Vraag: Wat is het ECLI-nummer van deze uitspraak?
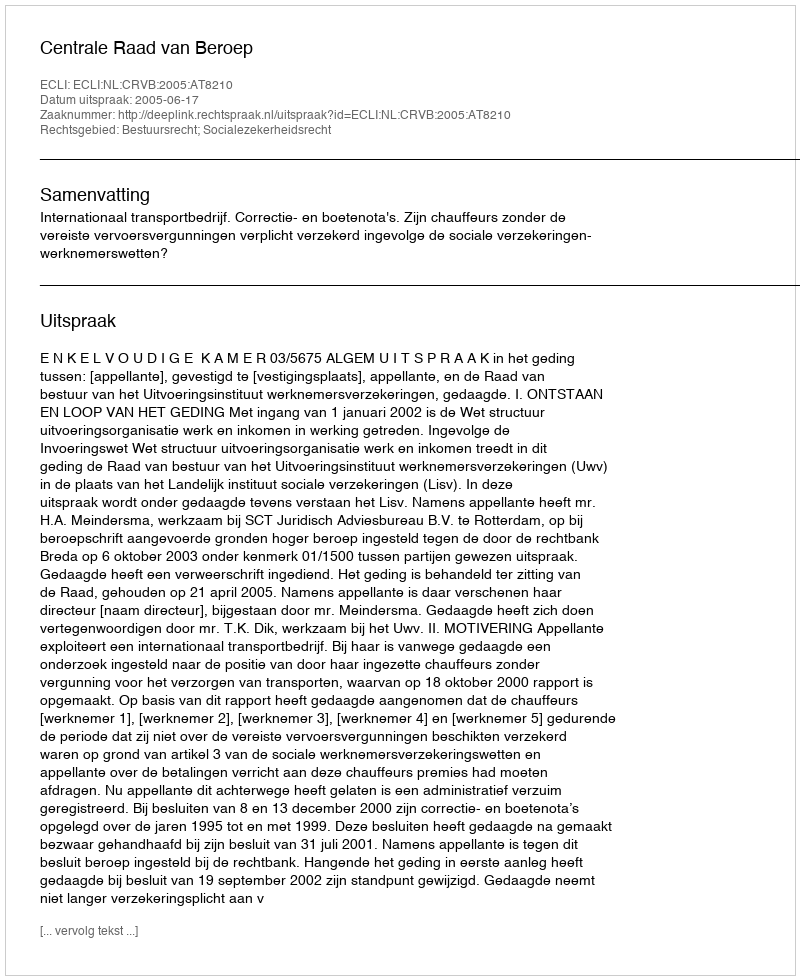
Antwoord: ECLI:NL:CRVB:2005:AT8210